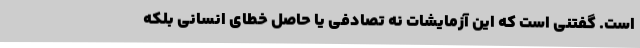
است. گفتنی است که این آزمایشات نه تصادفی یا حاصل خطای انسانی بلکه